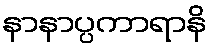
နာနာပ္ပကာရာနိ